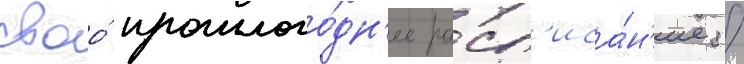
своо́ прошлого́дн'ее расп'иса́н'ие /